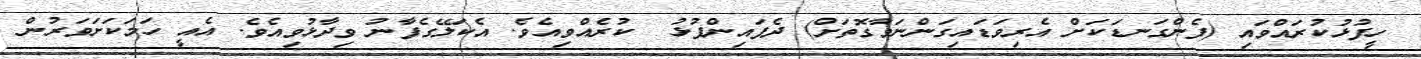
ހީފުޅުކުރައްވައި (ފެންގަނޑަކަށް އެރިވަޑައިގަންނަވާގޮތަށް) ދެފައިންޕުޅު  ކުރެއްވިއެވެ. އެކަލޭގެފާނު ވިދާޅުވިއެވެ. އެއީ ހަމަކަށަވަރުން